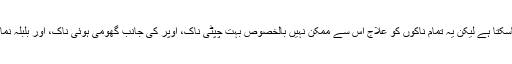
نوز لفٹ سے کئی طرح کے ناکوں کو سیدھا رکھا جاسکتا ہے لیکن یہ تمام ناکوں کو علاج اس سے ممکن نہیں بالخصوص بہت چپٹی ناک، اوپر کی جانب گھومی ہوئی ناک، اور بلبلہ نما نتھنوں کو اس سے بمشکل ہی بہتر بنایا جاسکتا ہے ۔